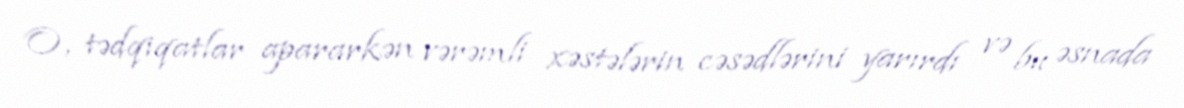
O, tədqiqatlar apararkən vərəmli xəstələrin cəsədlərini yarırdı və bu əsnada